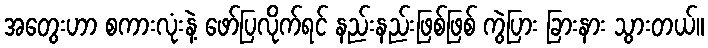
အတွေးဟာ စကားလုံးနဲ့ ဖော်ပြလိုက်ရင် နည်းနည်းဖြစ်ဖြစ် ကွဲပြား ခြားနား သွားတယ်။